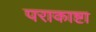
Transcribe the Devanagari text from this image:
पराकाष्टा